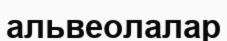
альвеолалар